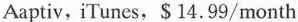
Aaptiv, i'Tunes, S 14. 99/month